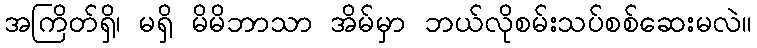
အကြိတ်ရှိ၊ မရှိ မိမိဘာသာ အိမ်မှာ ဘယ်လိုစမ်းသပ်စစ်ဆေးမလဲ။